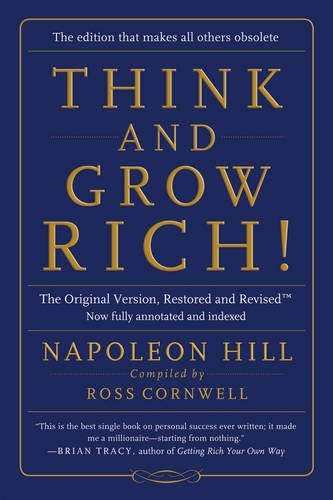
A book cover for Think and Grow Rich!: The Original Version, Restored and Revised (TM); Napoleon Hill; Self-Help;